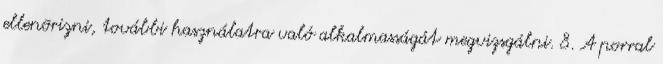
ellenõrizni, további használatra való alkalmasságát megvizsgálni. 8. A porral